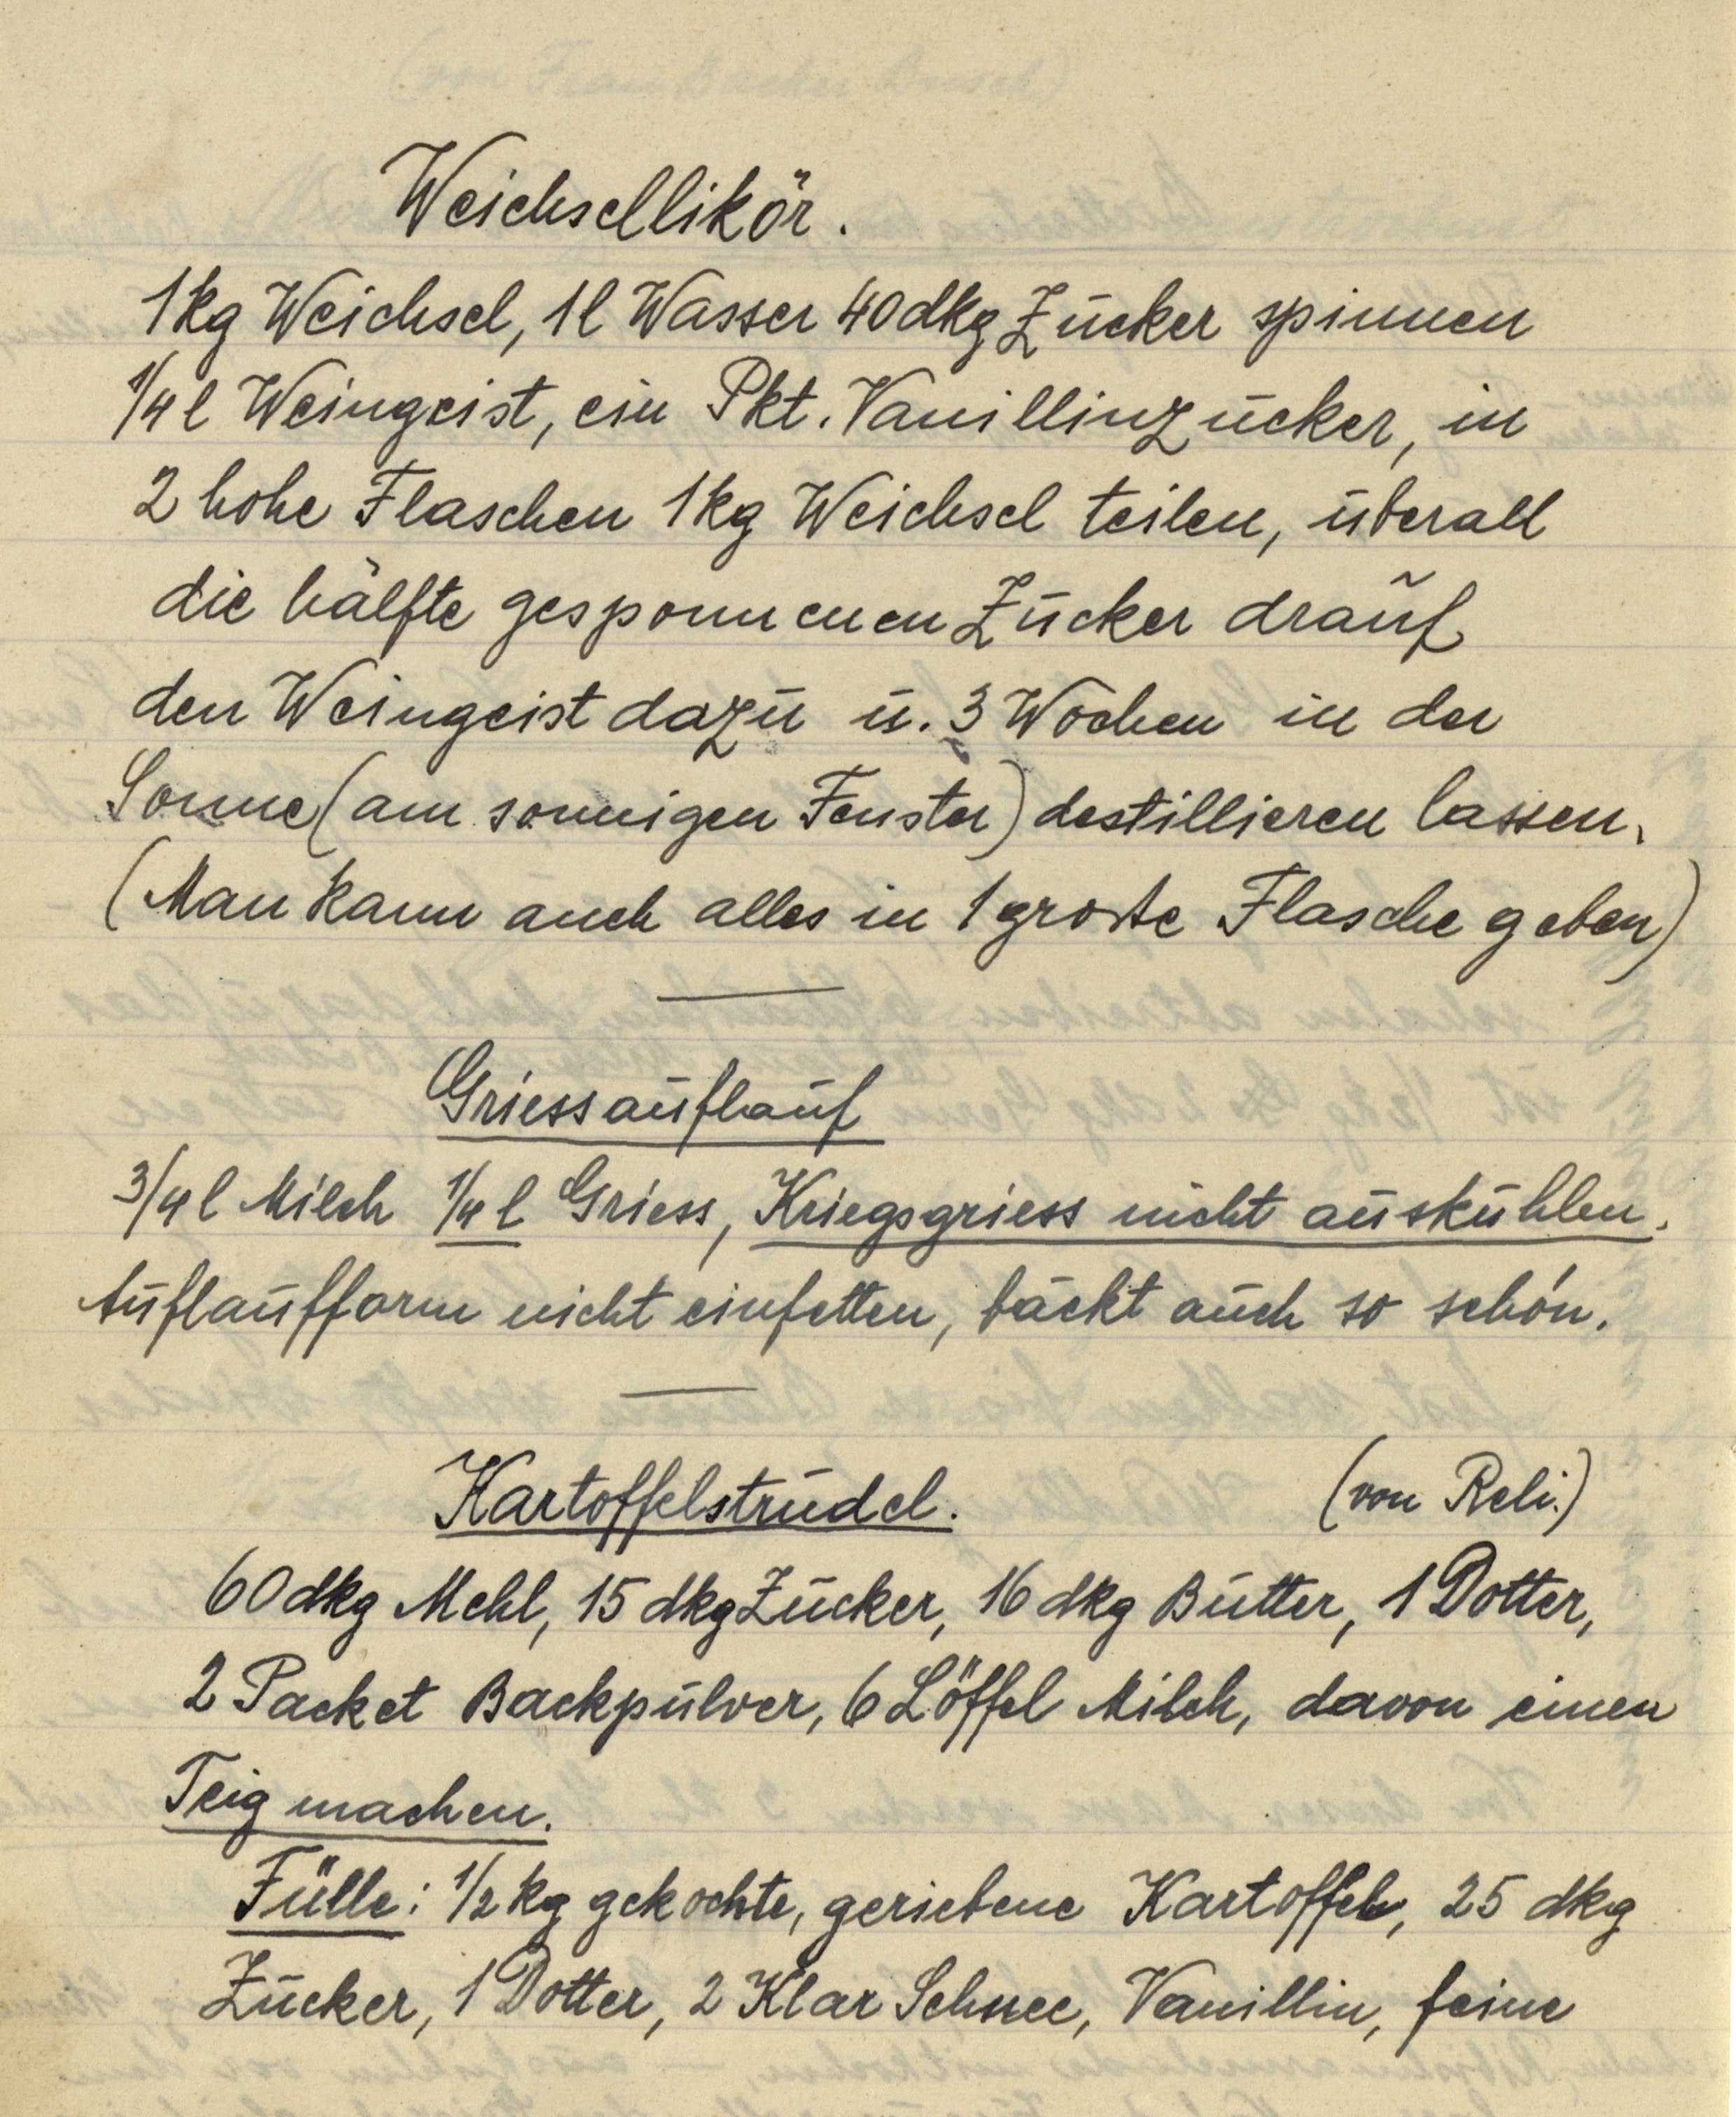
Weichsellikör.
1 kg Weichsel, 1 l Wasser 40 dkg Zucker spinnen
¼ l Weingeist, ein Pkt. Vanillinzucker, in
2 hohe Flaschen 1 kg Weichsel teilen, überall
die hälfte gesponnenen Zucker drauf
den Weingeist dazu u. 3 Wochen in der
Sonne (am sonnigen Fenster) destillieren lassen.
(Man kann auch alles in 1 große Flasche geben)

Griessauflauf
¾ l Milch ¼ l Griess, Kriegsgriess nicht auskühlen.
Auflaufform nicht einfetten, bäckt auch so schön.

Kartoffelstrudel. (von Reli.)
60 dkg Mehl, 15 dkg Zucker, 16 dkg Butter, 1 Dotter,
2 Packet Backpulver, 6 Löffel Milch, davon einen
Teig machen.
Fülle: ½ kg gekochte, geriebene Kartoffel, 25 dkg
Zucker, 1 Dotter, 2 Klar Schnee, Vanillin, feine